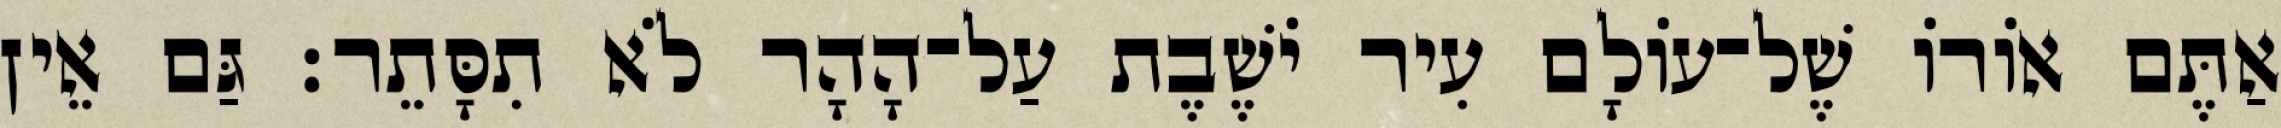
אַתֶּם אוֹרוֹ שֶׁל־עוֹלָם עִיר יֹשֶׁבֶת עַל־הָהָר לֹא תִסָּתֵר׃ גַּם אֵין